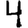
Digit: 4